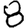
Digit: 8